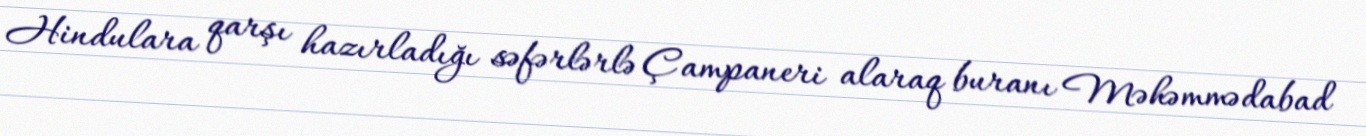
Hindulara qarşı hazırladığı səfərlərlə Çampaneri alaraq buranı Məhəmmədabad